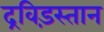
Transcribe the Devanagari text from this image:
द्रविड़स्तान